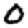
Digit: 0